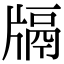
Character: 𤗦